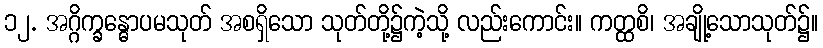
၁၂. အဂ္ဂိက္ခန္ဓောပမသုတ် အစရှိသော သုတ်တို့၌ကဲ့သို့ လည်းကောင်း။ ကတ္ထစိ၊ အချို့သောသုတ်၌။